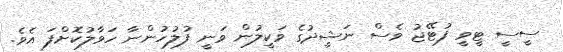
ސީސީ ޓީވީ ފުޓޭޖު ވެސް ނަޝީދުގެ ވަކީލުން ވަނީ ފުލުހުންނާ ހަވާލުކޮށްފަ އެވެ.